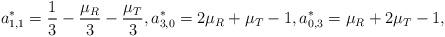
LaTeX: \begin{align*}&a^*_{1,1}=\frac{1}{3}-\frac{\mu_R}{3}-\frac{\mu_T}{3},a^*_{3,0}=2\mu_R+\mu_T-1,a^*_{0,3}=\mu_R+2\mu_T-1,\end{align*}